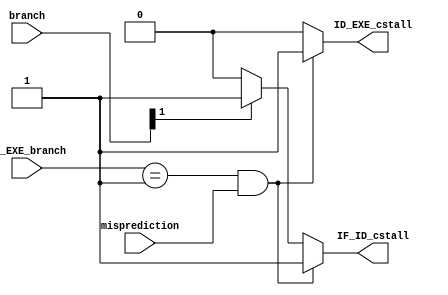
`timescale 1ps / 1ps
//////////////////////////////////////////////////////////////////////////////////
// Company: 
// Engineer: 
// 
// Design Name: 
// Module Name: control_stall
// Project Name: 
// Target Devices: 
// Tool Versions: 
// Description: 
// 
// Dependencies: 
// 
// Revision:
// Revision 0.01 - File Created
// Additional Comments:
// 
//////////////////////////////////////////////////////////////////////////////////


module control_stall(
        input [1:0] branch,
		input [1:0] ID_EXE_branch,
		input misprediction,
		
        output reg IF_ID_cstall,
		output reg ID_EXE_cstall
    );
    always @ (*) begin
        IF_ID_cstall = 1'b0;
		ID_EXE_cstall = 1'b0;
		if (ID_EXE_branch == 2'b01 && misprediction == 1) begin
			IF_ID_cstall = 1'b1;
			ID_EXE_cstall = 1'b1;
		end
		else if (branch[1] == 1'b1) begin // jump
            IF_ID_cstall = 1'b1;
        end
    end
endmodule